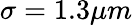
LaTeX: \sigma=1.3\mu m